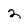
Character: 2